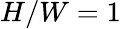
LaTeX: H/W=1